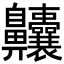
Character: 齉